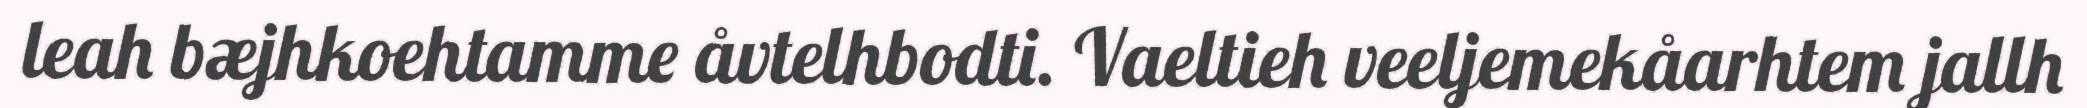
leah bæjhkoehtamme åvtelhbodti. Vaeltieh veeljemekåarhtem jallh